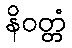
နိဝတ္တံ